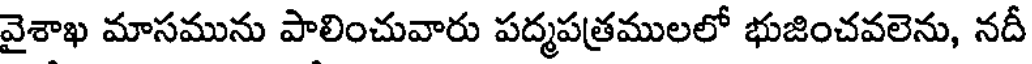
వైశాఖ మాసమును పాలించువారు పద్మపత్రములలో భుజించవలెను, నదీ